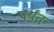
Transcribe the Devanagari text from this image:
पर्य़ंत